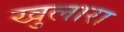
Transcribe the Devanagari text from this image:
खुलारा